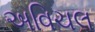
અવિચલ